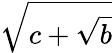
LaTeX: \sqrt{c+\sqrt{b}}